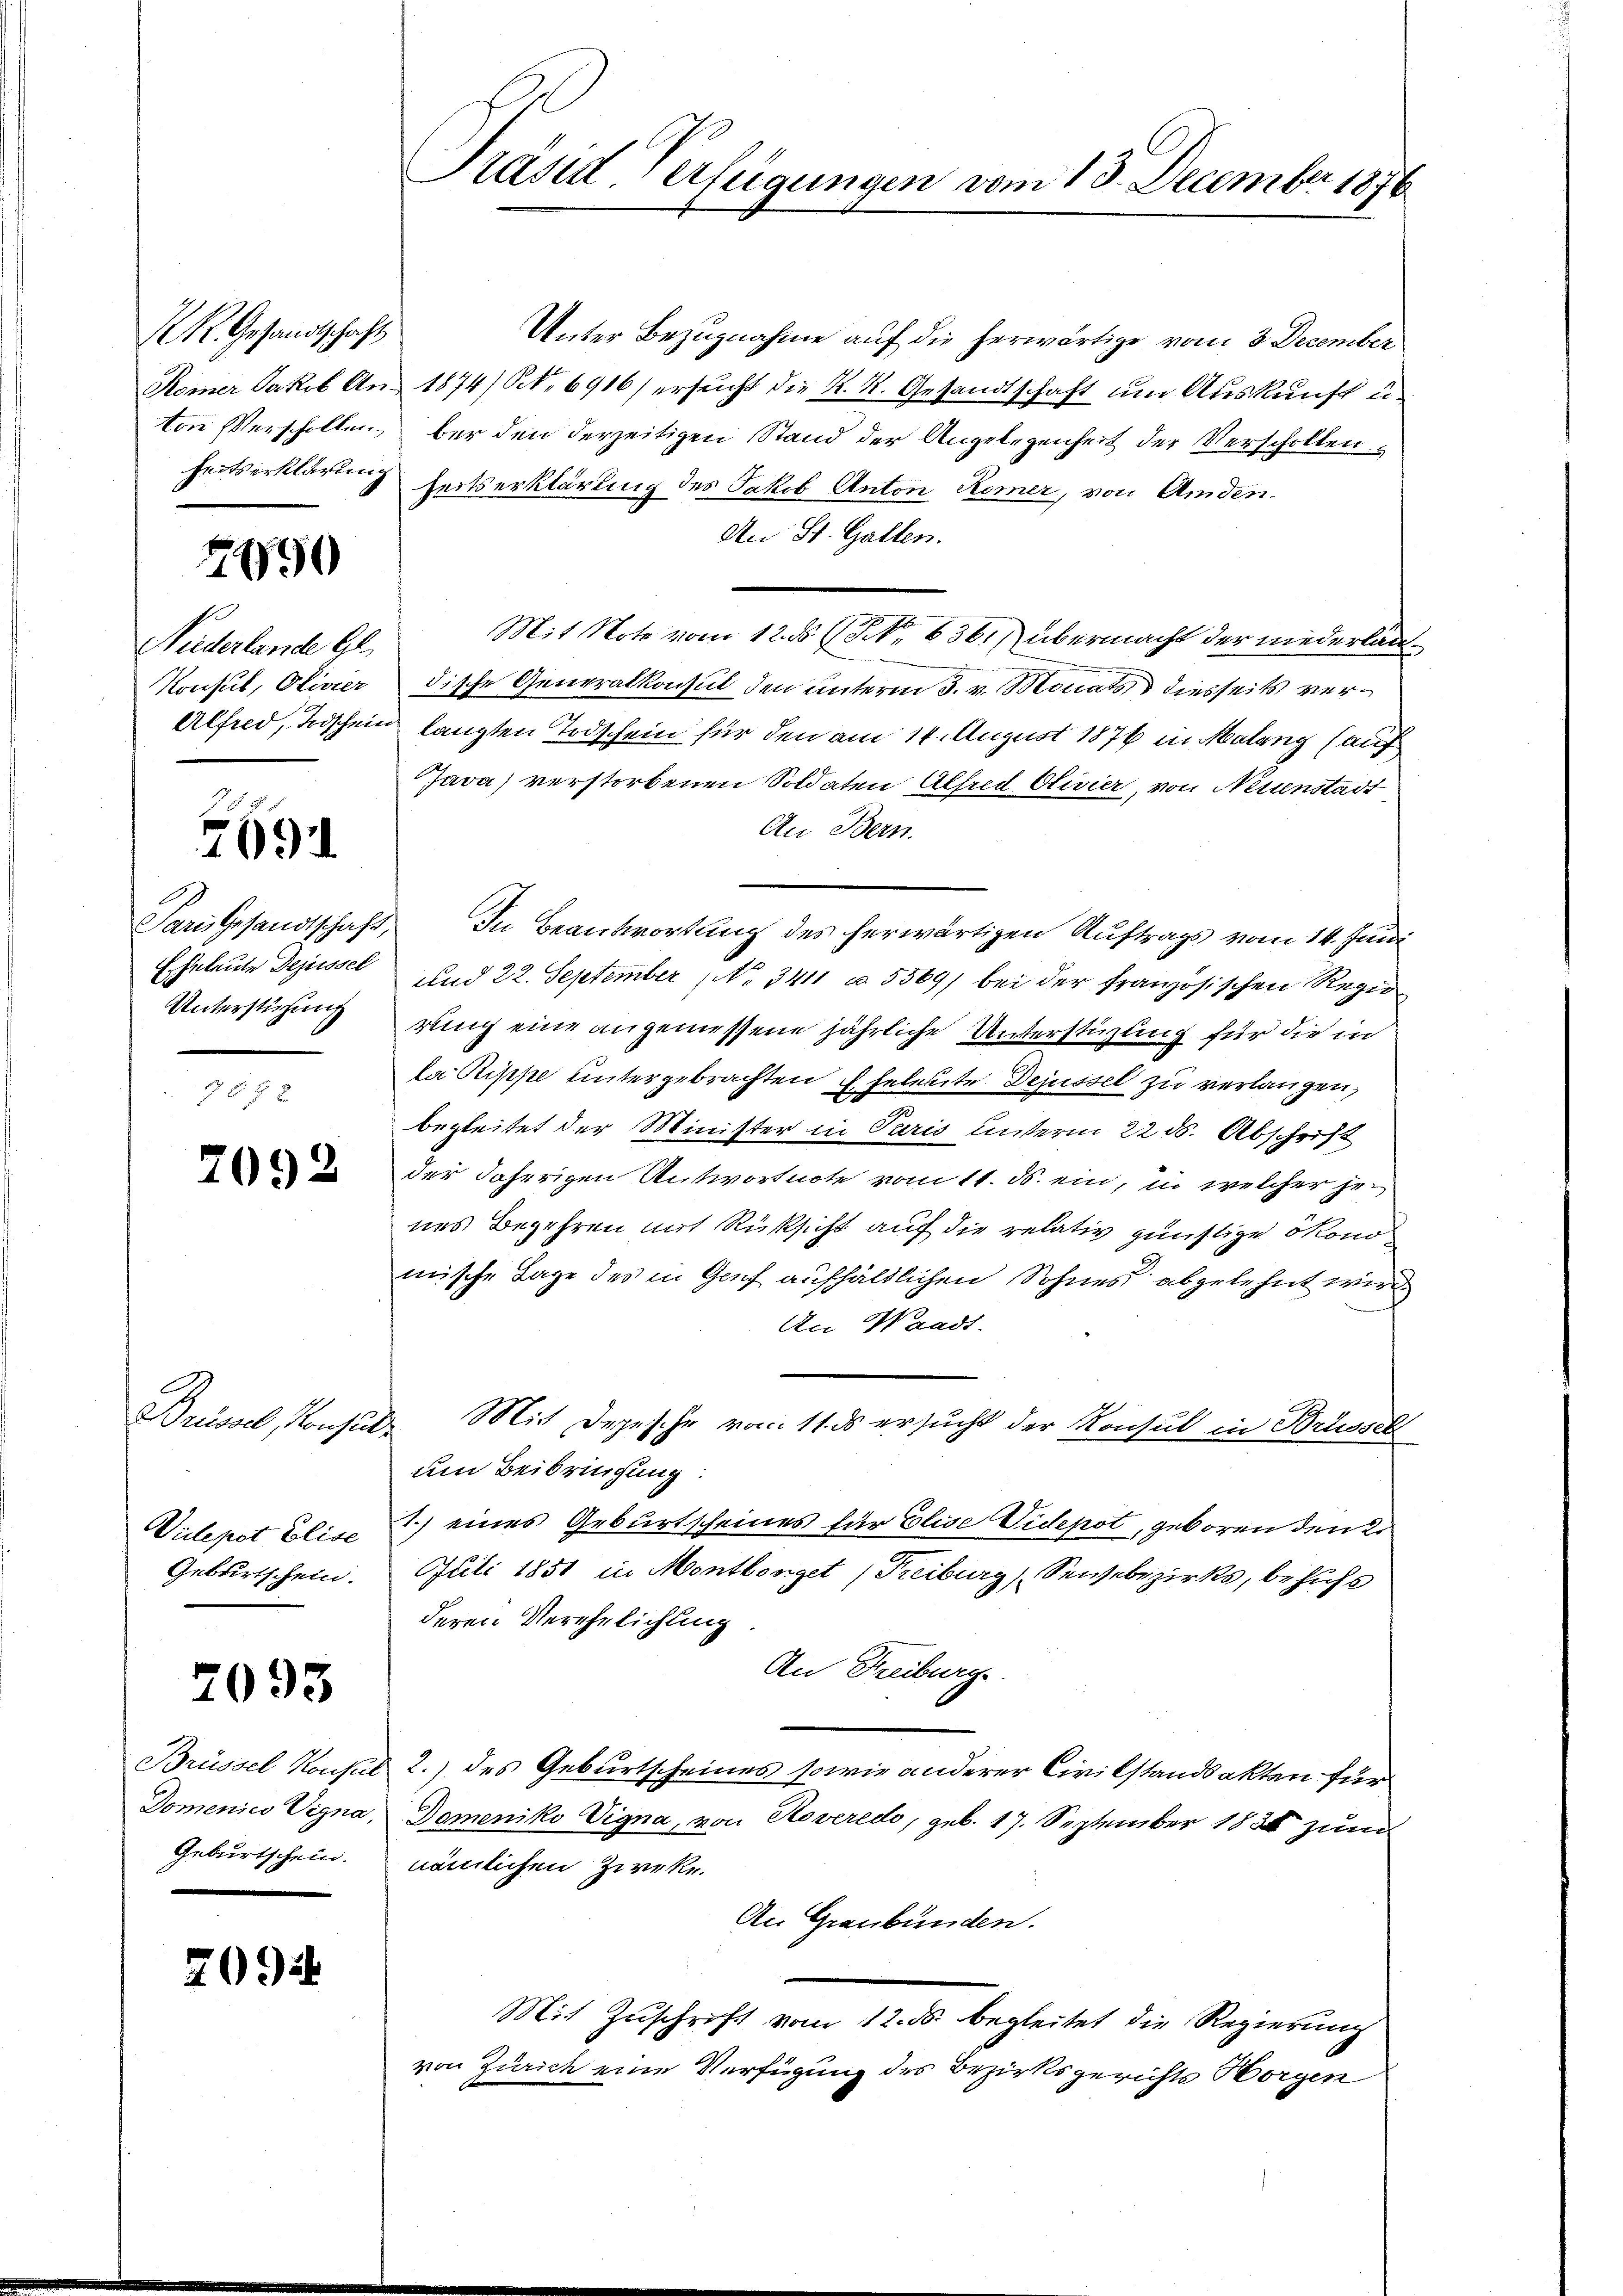
LK. Gesandtschaft

7490

Niederlande Gl.

J
7694

Unterstüzung

7092

Priserl, Konsult
Geburtschein.

2095

Geburtschein.

209

Präsid-Verfügungen vom 13. December 1876

Unter Bezugnahme auf die herwärtige vom 3 December
Homer Jakob An 1874) S. 6916) ersucht die K. K. Gesandtschaft um Auskunft u.
ton Verschollen, bei den derzeitigen Stand der Angelegenheit der Verschollen
heitserklärung heitserklärling des Jakob Anton Remer, von Amden.
An St. Gallen.
Mit Note vom 12. ds (NNo. 636. übermacht der niederlan¬
Konsul, Oliver dische Generalkonsul den unterm 3. v. Monat diesseits ver¬
Alfred, Todschein langten Todschein für den am 14. August 1876 in Malang (auf
Java verstorbenen Soldaten Alfred Olivier, von Neuenstadt
An Bern.
Fari Gesandtschaft, In Beantwortung des herwärtigen Auftrags vom 14. Juni
Eheleute Dejussel und 22. September No. 3411 u. 5569/ bei der französischen Regierung eine angemessene jährliche Unterstüzung für die in
la Rippe untergebrachten Eheleute Dejussel zu verlangen,
begleitet der Minister in Paris unterm 22 ds. Abschrift
der daherigen Antwortnote vom 11. d. ein, in welcher jenes Begehren mit Rüksicht auf die relativ günstige ökonomische Lage des in Genf aufhältlichen Sohnes abgelehnt wird.
An Waadt.
Mit Depesche vom 11. ds ersucht der Konsul in Brüssel
um Beibringung:
Vicepot Elise 1) eines Geburtscheines für Elise Videpot, geboren den 2.
Juli 1851 in Montberget (Freiburg, Seebezirks, behufs
deren Verehelichung
An Freiburg.
Brüssel Koupel 2.) des Geburtscheines sowie anderer Civilstandsakten für
Domenico Vigna, Domeniko Vigna, von Roveredo, geb. 17. September 1884 zum
nämlichen Zweke.
An Graubünden.
Mit Zuschrift vom 12. ds. begleitet die Regierung
von Zürich eine Verfügung des Bezirksgerichts Horgen